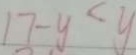
1 7 - y < y